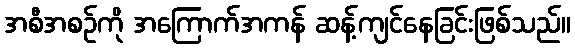
အစီအစဉ်ကို အကြောက်အကန် ဆန့်ကျင်နေခြင်းဖြစ်သည်။